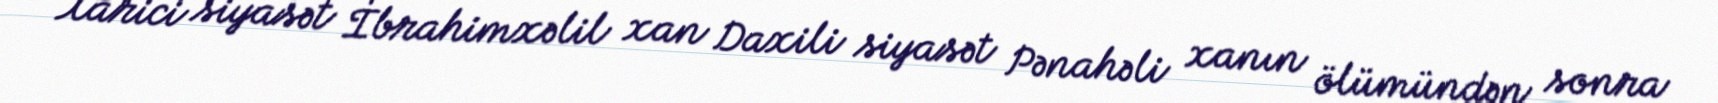
Xarici siyasət İbrahimxəlil xan Daxili siyasət Pənahəli xanın ölümündən sonra